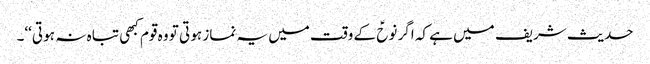
حدیث شریف میں ہے کہ اگر نوحؑ کے وقت میں یہ نماز ہو تی تو وہ قوم کبھی تبا ہ نہ ہو تی‘‘۔